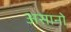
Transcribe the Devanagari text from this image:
असानो